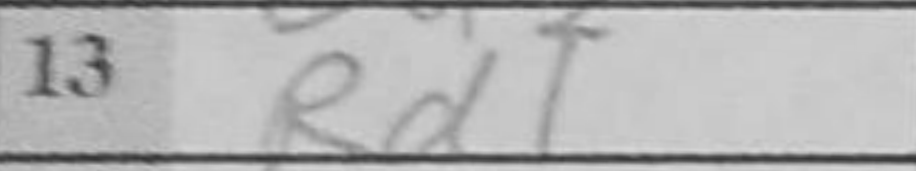
Transcription: Rd1